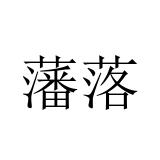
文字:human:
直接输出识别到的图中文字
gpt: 藩落